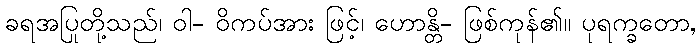
ခရအပြုတို့သည်၊ ဝါ- ဝိကပ်အား ဖြင့်၊ ဟောန္တိ- ဖြစ်ကုန်၏။ ပုရက္ခတော,